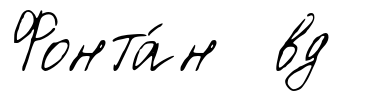
Фонта́н вд